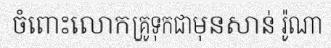
ចំពោះលោកគ្រូទុកជាមុនសាន់ រ៉ូណា